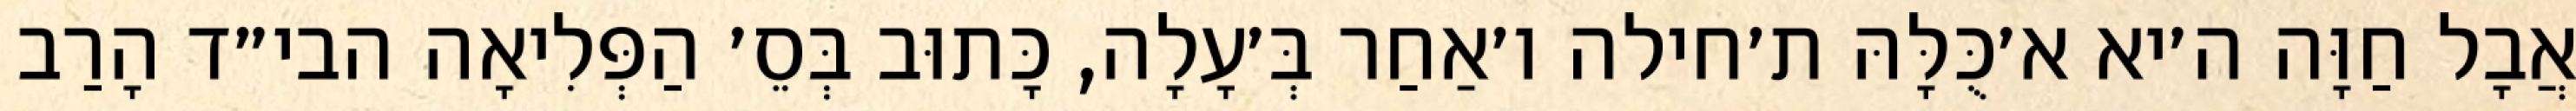
אֲבָל חַוָּה ה׳יא א׳כֻּלָּהּ ת׳חילה ו׳אַחַר בְּ׳עָלָה, כָּתוּב בְּסֵ׳ הַפְּלִיאָה הבי״ד הָרַב